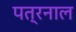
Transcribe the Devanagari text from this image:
पत्रनाल